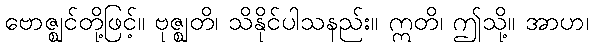
ဗောဇ္ဈင်တို့ဖြင့်။ ဗုဇ္ဈတိ၊ သိနိုင်ပါသနည်း။ ဣတိ၊ ဤသို့။ အာဟ၊